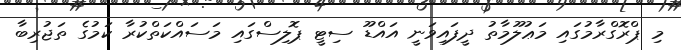
މި ޕްރޮގްރާމުގައި މަޢުލޫމާތު ދީފައިވަނީ އައްޑޫ ސިޓީ ޕޮލިސްގައި މަސައްކަތްކުރާ ކަމުގެ ތަޖުރިބާ